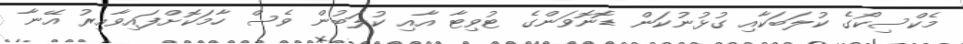
މެކްސިކޯގެ ކުލަބަކާއި ގުޅުނުކަން ޑޮނޮވަންގެ ޓުވިޓާ އާއި ކުލަބުން ވެސް ހާމަކޮށްފައިވާއިރު އޭނާ